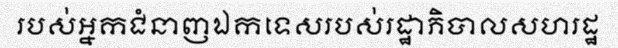
របស់អ្នកជំនាញឯកទេសរបស់រដ្ឋាភិបាលសហរដ្ឋ